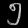
Digit: ၅